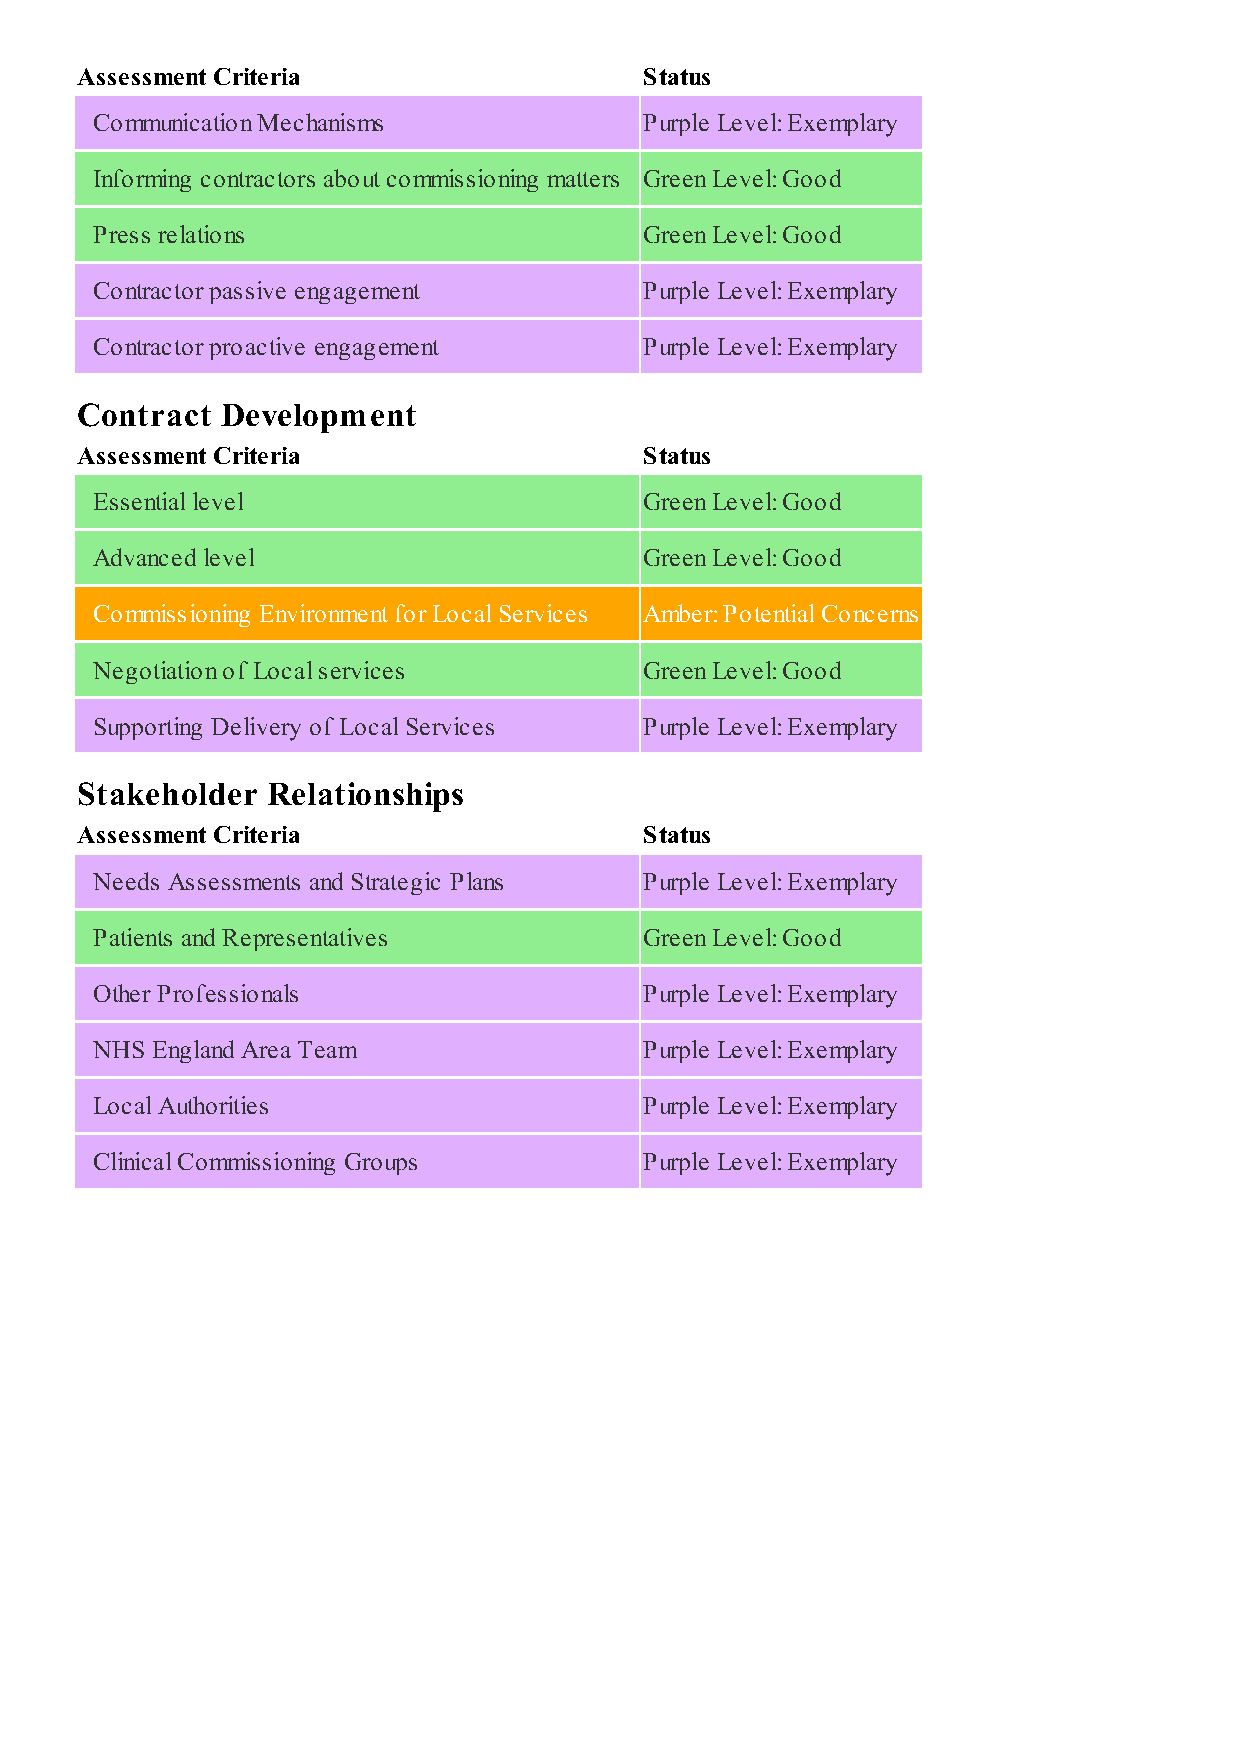
Assessment Criteria                   Status
 Communication Mechanisms             Purple Level: Exemplary
 Informing contractors about commissioning matters Green Level: Good
 Press relations                      Green Level: Good
 Contractor passive engagement        Purple Level: Exemplary
 Contractor proactive engagement      Purple Level: Exemplary
 Contract  Development
 Assessment Criteria                   Status
 Essential level                      Green Level: Good
 Advanced level                       Green Level: Good
 Commissioning Environment for Local Services Amber: Potential Concerns
 Negotiation of Local services        Green Level: Good
 Supporting Delivery of Local Services Purple Level: Exemplary
 Stakeholder  Relationships
 Assessment Criteria                   Status
 Needs Assessments and Strategic Plans Purple Level: Exemplary
 Patients and Representatives         Green Level: Good
 Other Professionals                  Purple Level: Exemplary
 NHS England Area Team                Purple Level: Exemplary
 Local Authorities                    Purple Level: Exemplary
 Clinical Commissioning Groups        Purple Level: Exemplary